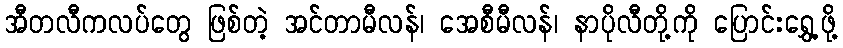
အီတလီကလပ်တွေ ဖြစ်တဲ့ အင်တာမီလန်၊ အေစီမီလန်၊ နာပိုလီတို့ကို ပြောင်းရွှေ့ဖို့